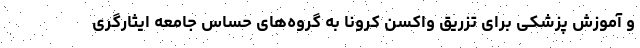
و آموزش پزشکی برای تزریق واکسن کرونا به گروه‌های حساس جامعه ایثارگری